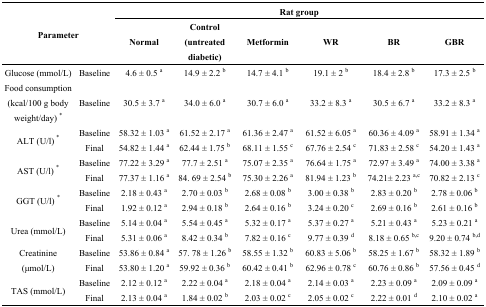
<table><thead><tr><td rowspan="3" colspan="2"><b>Parameter</b></td><td colspan="6"><b>Rat group</b></td></tr><tr><td><b>Normal</b></td><td><b>Control (untreated diabetic)</b></td><td><b>Metformin</b></td><td><b>WR</b></td><td><b>BR</b></td><td><b>GBR</b></td></tr></thead><tbody><tr><td>Glucose (mmol/L)</td><td>Baseline</td><td>4.6 ± 0.5 <sup>a</sup></td><td>14.9 ± 2.2 <sup>b</sup></td><td>14.7 ± 4.1 <sup>b</sup></td><td>19.1 ± 2 <sup>b</sup></td><td>18.4 ± 2.8 <sup>b</sup></td><td>17.3 ± 2.5 <sup>b</sup></td></tr><tr><td>Food consumption (kcal/100 g body weight/day) *</td><td>Baseline</td><td>30.5 ± 3.7 <sup>a</sup></td><td>34.0 ± 6.0 <sup>a</sup></td><td>30.7 ± 6.0 <sup>a</sup></td><td>33.2 ± 8.3 <sup>a</sup></td><td>30.5 ± 6.7 <sup>a</sup></td><td>33.2 ± 8.3 <sup>a</sup></td></tr><tr><td rowspan="2">ALT (U/l) *</td><td>Baseline</td><td>58.32 ± 1.03 <sup>a</sup></td><td>61.52 ± 2.17 <sup>a</sup></td><td>61.36 ± 2.47 <sup>a</sup></td><td>61.52 ± 6.05 <sup>a</sup></td><td>60.36 ± 4.09 <sup>a</sup></td><td>58.91 ± 1.34 <sup>a</sup></td></tr><tr><td>Final</td><td>54.82 ± 1.44 <sup>a</sup></td><td>62.44 ± 1.75 <sup>b</sup></td><td>68.11 ± 1.55 <sup>c</sup></td><td>67.76 ± 2.54 <sup>c</sup></td><td>71.83 ± 2.58 <sup>c</sup></td><td>54.20 ± 1.43 <sup>a</sup></td></tr><tr><td rowspan="2">AST (U/l) *</td><td>Baseline</td><td>77.22 ± 3.29 <sup>a</sup></td><td>77.7 ± 2.51 <sup>a</sup></td><td>75.07 ± 2.35 <sup>a</sup></td><td>76.64 ± 1.75 <sup>a</sup></td><td>72.97 ± 3.49 <sup>a</sup></td><td>74.00 ± 3.38 <sup>a</sup></td></tr><tr><td>Final</td><td>77.37 ± 1.16 <sup>a</sup></td><td>84. 69 ± 2.54 <sup>b</sup></td><td>75.30 ± 2.26 <sup>a</sup></td><td>81.94 ± 1.23 <sup>b</sup></td><td>74.21± 2.23 <sup>a,c</sup></td><td>70.82 ± 2.13 <sup>c</sup></td></tr><tr><td rowspan="2">GGT (U/l) *</td><td>Baseline</td><td>2.18 ± 0.43 <sup>a</sup></td><td>2.70 ± 0.03 <sup>b</sup></td><td>2.68 ± 0.08 <sup>b</sup></td><td>3.00 ± 0.38 <sup>b</sup></td><td>2.83 ± 0.20 <sup>b</sup></td><td>2.78 ± 0.06 <sup>b</sup></td></tr><tr><td>Final</td><td>1.92 ± 0.12 <sup>a</sup></td><td>2.94 ± 0.18 <sup>b</sup></td><td>2.64 ± 0.16 <sup>b</sup></td><td>3.24 ± 0.20 <sup>c</sup></td><td>2.69 ± 0.16 <sup>b</sup></td><td>2.61 ± 0.16 <sup>b</sup></td></tr><tr><td rowspan="2">Urea (mmol/L)</td><td>Baseline</td><td>5.14 ± 0.04 <sup>a</sup></td><td>5.54 ± 0.45 <sup>a</sup></td><td>5.32 ± 0.17 <sup>a</sup></td><td>5.37 ± 0.27 <sup>a</sup></td><td>5.21 ± 0.43 <sup>a</sup></td><td>5.23 ± 0.21 <sup>a</sup></td></tr><tr><td>Final</td><td>5.31 ± 0.06 <sup>a</sup></td><td>8.42 ± 0.34 <sup>b</sup></td><td>7.82 ± 0.16 <sup>c</sup></td><td>9.77 ± 0.39 <sup>d</sup></td><td>8.18 ± 0.65 <sup>b,c</sup></td><td>9.20 ± 0.74 <sup>b,d</sup></td></tr><tr><td rowspan="2">Creatinine (μmol/L)</td><td>Baseline</td><td>53.86 ± 0.84 <sup>a</sup></td><td>57. 78 ± 1.26 <sup>b</sup></td><td>58.55 ± 1.32 <sup>b</sup></td><td>60.83 ± 5.06 <sup>b</sup></td><td>58.25 ± 1.67 <sup>b</sup></td><td>58.32 ± 1.89 <sup>b</sup></td></tr><tr><td>Final</td><td>53.80 ± 1.20 <sup>a</sup></td><td>59.92 ± 0.36 <sup>b</sup></td><td>60.42 ± 0.41 <sup>b</sup></td><td>62.96 ± 0.78 <sup>c</sup></td><td>60.76 ± 0.86 <sup>b</sup></td><td>57.56 ± 0.45 <sup>d</sup></td></tr><tr><td rowspan="2">TAS (mmol/L)</td><td>Baseline</td><td>2.12 ± 0.12 <sup>a</sup></td><td>2.22 ± 0.04 <sup>a</sup></td><td>2.18 ± 0.04 <sup>a</sup></td><td>2.14 ± 0.03 <sup>a</sup></td><td>2.23 ± 0.09 <sup>a</sup></td><td>2.09 ± 0.09 <sup>a</sup></td></tr><tr><td>Final</td><td>2.13 ± 0.04 <sup>a</sup></td><td>1.84 ± 0.02 <sup>b</sup></td><td>2.03 ± 0.02 <sup>c</sup></td><td>2.05 ± 0.02 <sup>c</sup></td><td>2.22 ± 0.01 <sup>d</sup></td><td>2.10 ± 0.02 <sup>a</sup></td></tr></tbody></table>